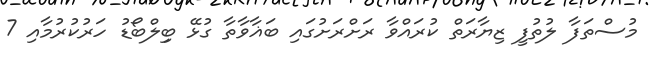
މުސްތަފާ ލުތުފީ ޒިޔާރަތް ކުރައްވާ ރަށްރަށުގައި ބަޣާވާތާ ގުޅޭ ބިިލްބޯޑު ހަރުކުރުމާއި 7